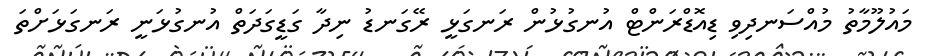
މައުލޫމާތު މުއްސަނދިވި ޑިއޮޑްރަންޓް އުނގުޅުން ރަނގަޅީ ރޭގަނޑު ނިދާ ގަޑީގަދަތް އުނގުޅަނީ ރަނގަޅަށްތަ